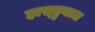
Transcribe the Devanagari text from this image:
हास्ड्रुबाल